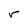
Character: r